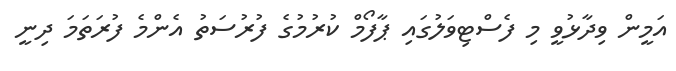
އަމީން ވިދާޅުވީ މި ފެސްޓިވަލުގައި ޕާފޯމް ކުރުމުގެ ފުރުސަތު އެންމެ ފުރަތަމަ ދިނީ